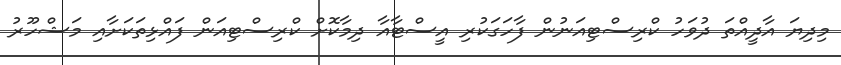
މިދިޔަ އާދީއްތަ ދުވަހު ކްރިސްޓިއަނުން ފާހަގަކުރި އީސްޓާއާ ދިމާކޮށް ކްރިސްޓިއަން ފައްޅިތަކަށާއި މަޝްހޫރު